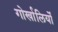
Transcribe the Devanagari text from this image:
गोर्खालियोँ